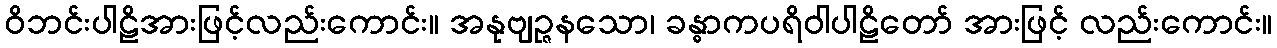
ဝိဘင်းပါဠိအားဖြင့်လည်းကောင်း။ အနုဗျဉ္ဇနသော၊ ခန္ဓာကပရိဝါပါဠိတော် အားဖြင့် လည်းကောင်း။